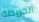
الخريطة